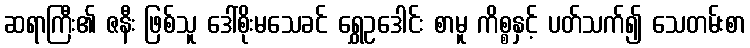
ဆရာကြီး၏ ဇနီး ဖြစ်သူ ဒေါ်စိုးမသေခင် ရွှေဥဒေါင်း စာမူ ကိစ္စနှင့် ပတ်သက်၍ သေတမ်းစာ